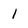
Character: 1